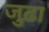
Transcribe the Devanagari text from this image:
जुढ़ा